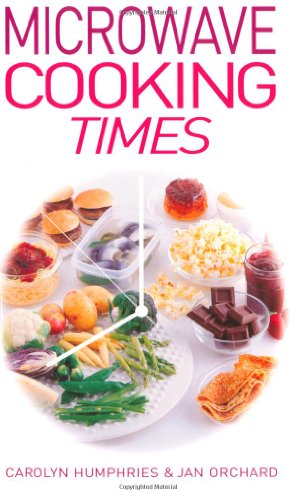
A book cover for Microwave Cooking Times; Jan Orchard; Cookbooks, Food & Wine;